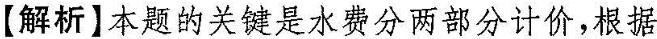
【解析】本题的关键是水费分两部分计价，根据